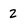
Character: 2